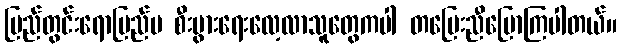
ပြည်တွင်းရောပြည်ပ စီးပွားရေးလေ့လာသူတွေကပါ တပြေးညီပြောကြပါတယ်။